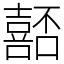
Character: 嚭